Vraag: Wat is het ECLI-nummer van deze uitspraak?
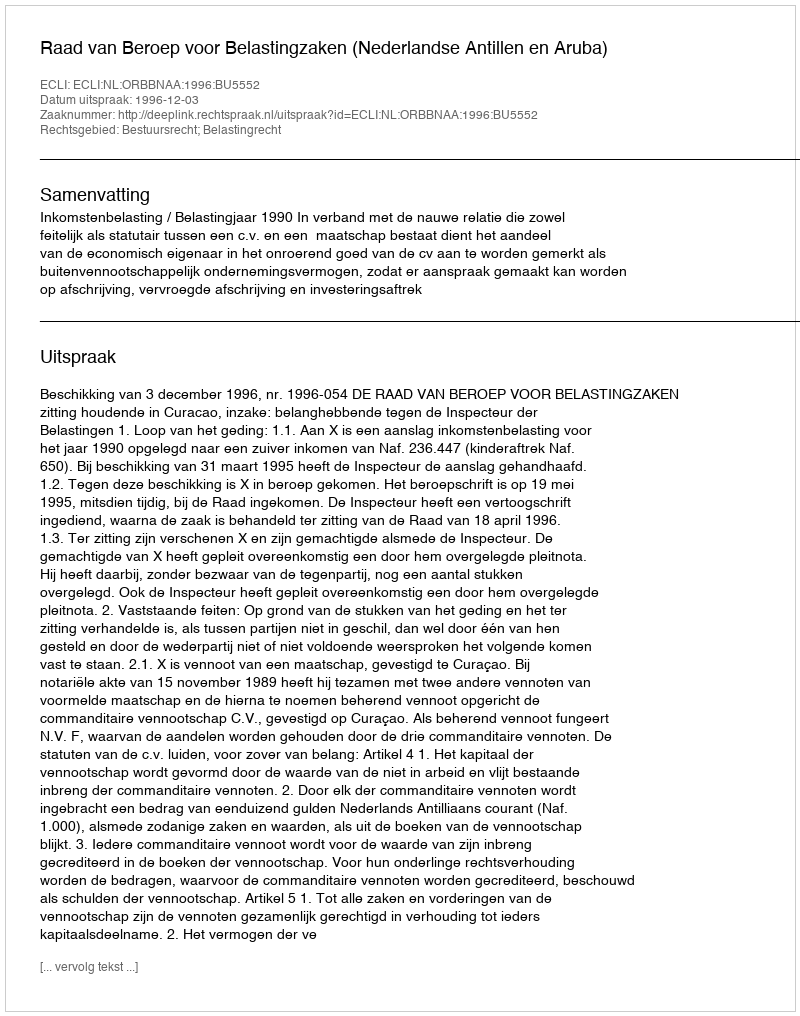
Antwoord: ECLI:NL:ORBBNAA:1996:BU5552